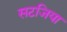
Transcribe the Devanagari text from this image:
सटजिया